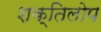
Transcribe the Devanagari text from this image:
शक्तिलोप